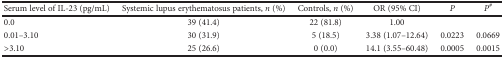
| Serum level of IL-23 (pg/mL) | Systemic lupus erythematosus patients, n (%) | Controls, n (%) | OR (95% CI) | P | P# |
 | --- | --- | --- | --- | --- | --- |
 | 0.0 | 39 (41.4) | 22 (81.8) | 1.00 |  |  |
 | 0.01–3.10 | 30 (31.9) | 5 (18.5) | 3.38 (1.07–12.64) | 0.0223 | 0.0669 |
 | >3.10 | 25 (26.6) | 0 (0.0) | 14.1 (3.55–60.48) | 0.0005 | 0.0015 |